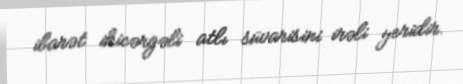
ibarət ikicərgəli atlı süvarisini irəli yeridir.